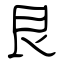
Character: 艮